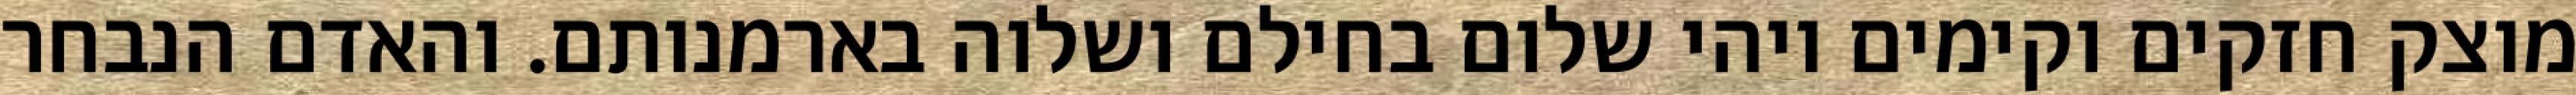
מוצק חזקים וקימים ויהי שלום בחילם ושלוה בארמנותם. והאדם הנבחר